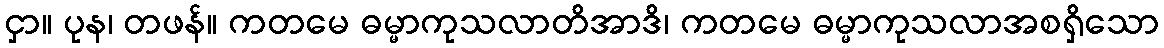
ငှာ။ ပုန၊ တဖန်။ ကတမေ ဓမ္မာကုသလာတိအာဒိ၊ ကတမေ ဓမ္မာကုသလာအစရှိသော